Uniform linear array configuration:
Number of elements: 24
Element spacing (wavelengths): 1
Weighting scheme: kaiser
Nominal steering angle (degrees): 45
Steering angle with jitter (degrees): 46.198
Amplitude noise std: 0.05
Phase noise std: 0.05

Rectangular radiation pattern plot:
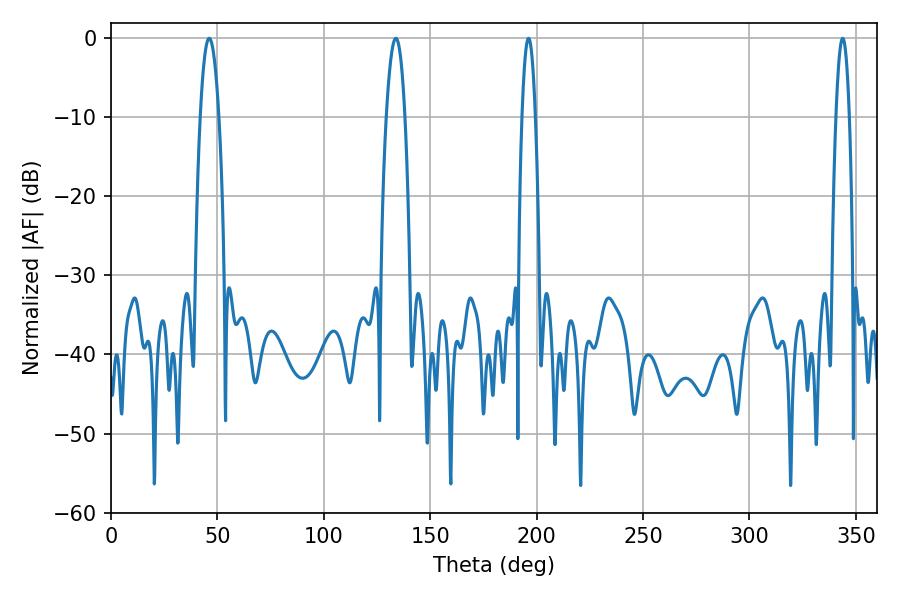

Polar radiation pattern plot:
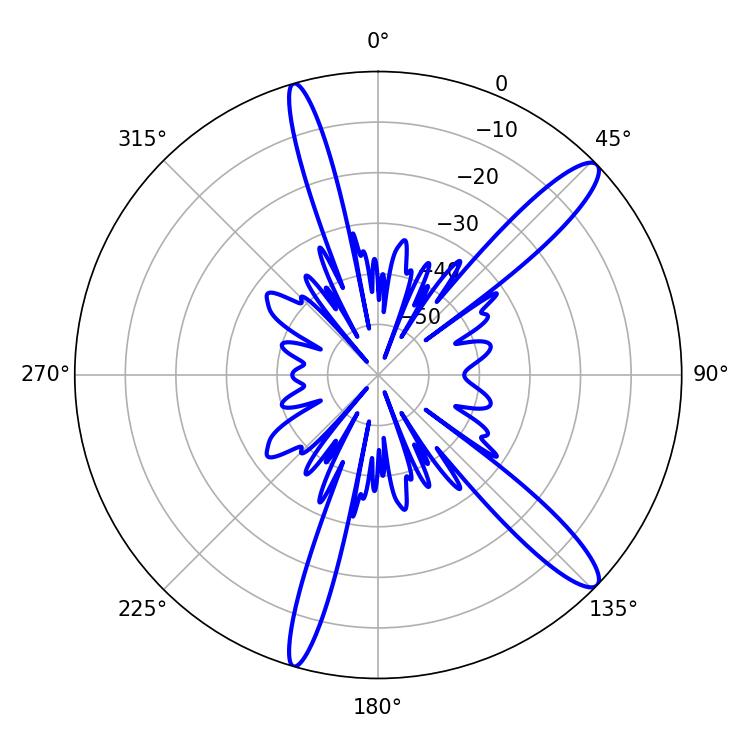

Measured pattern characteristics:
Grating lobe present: TRUE
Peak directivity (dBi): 13.234
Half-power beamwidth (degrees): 3.42
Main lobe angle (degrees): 343.8